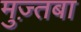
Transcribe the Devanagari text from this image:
मुज़्तबा